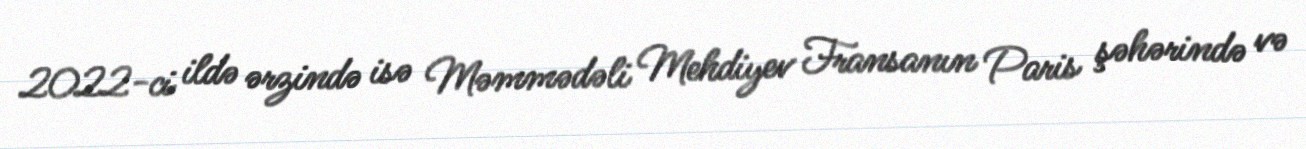
2022-ci ildə ərzində isə Məmmədəli Mehdiyev Fransanın Paris şəhərində və